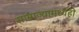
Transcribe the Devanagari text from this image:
साम्राज्यामध्येही